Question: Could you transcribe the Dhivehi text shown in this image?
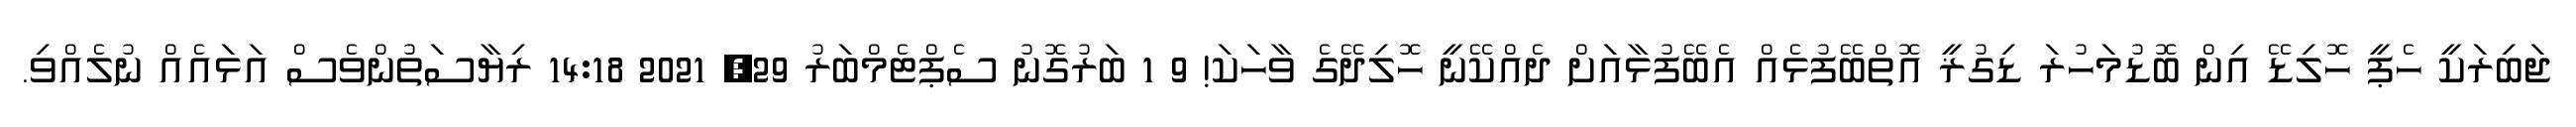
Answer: ޖަބިރަކީ ހެޕީ ހޮލިޑޭ އިން ބޮޑުމަހުރަ ޑިގުޜީ އޮތްބޭފުޅެއް އެބޭފުޅާއަށް ދެއްކޭނީ ހޮލިދޭގެ ވާހަކަ! 9 1 ބަރުގޮނު ސެޕްޓެމްބަރު 29, 2021 14:18 ރިޔާސަތުންވެސް އަޅައެއް ނުލެއްވި.